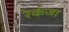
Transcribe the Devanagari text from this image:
रेकंजा